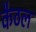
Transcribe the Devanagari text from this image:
कैठल